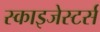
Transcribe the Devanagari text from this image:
स्काइजेस्टर्स